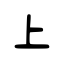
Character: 上